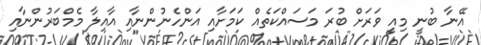
އޭނާ ބުނީ މިއީ ވަރަށް ބުރަ މަސައްކަތެއް ކަމަށާއި އަންހެނުންނާއި އާއިލާ މެމްބަރުންނާއި